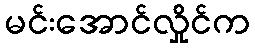
မင်းအောင်လှိုင်က